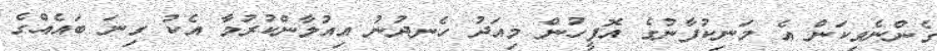
ގެންނެވިކަން އެ މަނިކުފާނުގެ އޮފީހުން މިއަދު ހެނދުނު އިއުލާންކުރުމާ އެކު ގިނަ ބައެއްގެ